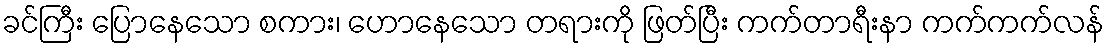
ခင်ကြီး ပြောနေသော စကား၊ ဟောနေသော တရားကို ဖြတ်ပြီး ကက်တာရီးနာ ကက်ကက်လန်